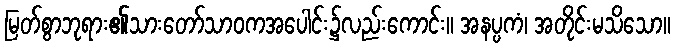
မြတ်စွာဘုရား၏သားတော်သာဝကအပေါင်း၌လည်းကောင်း။ အနပ္ပကံ၊ အတိုင်းမသိသော။